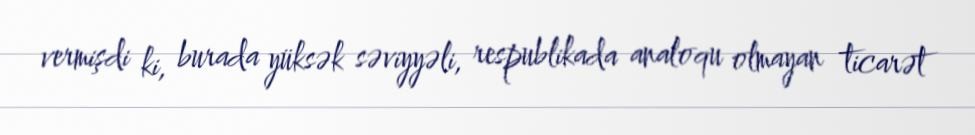
vermişdi ki, burada yüksək səviyyəli, respublikada analoqu olmayan ticarət